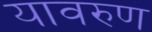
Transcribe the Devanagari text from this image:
यावरुण